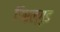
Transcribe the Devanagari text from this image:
गिएल्गुड